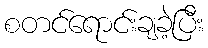
စတင်ရောင်းချခဲ့ပြီး